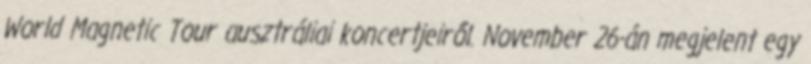
World Magnetic Tour ausztráliai koncertjeiről. November 26-án megjelent egy